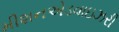
મીશનએડવાઇઝરી